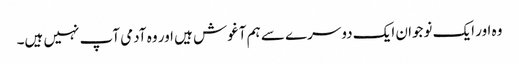
وہ اور ایک نوجوان ایک دوسرے سے ہم آغوش ہیں اور وہ آدمی آپ نہیں ہیں۔